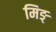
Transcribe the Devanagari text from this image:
मिङ्